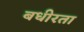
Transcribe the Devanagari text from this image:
बधीरता